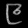
Digit: ၉